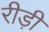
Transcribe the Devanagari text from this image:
रीड़ी